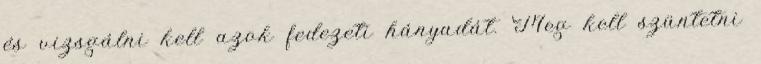
és vizsgálni kell azok fedezeti hányadát. Meg kell szüntetni